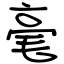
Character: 毫